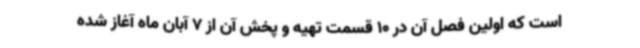
است که اولین فصل آن در 10 قسمت تهیه و پخش آن از 7 آبان ماه آغاز شده